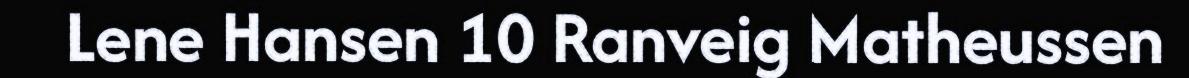
Lene Hansen 10 Ranveig Matheussen